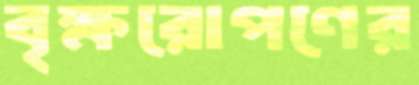
বৃক্ষরোপণের